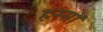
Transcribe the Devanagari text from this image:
हस्सों